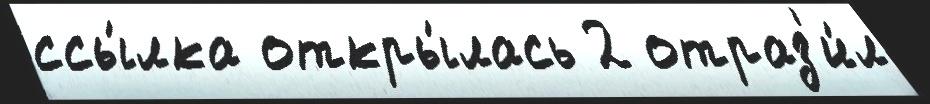
ссы́лка откры́лась 2 отраз'и́л